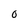
Character: O